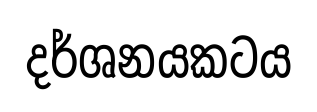
දර්ශනයකටය